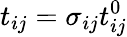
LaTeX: t_{ij}=\sigma_{ij}t_{ij}^{0}